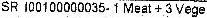
SR 100100000035- 1 MEAT + 3 VEGE